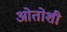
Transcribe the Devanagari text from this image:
ओतोशी